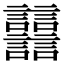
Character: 𧮦